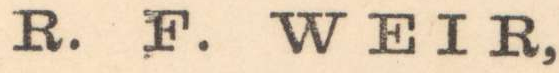
R. F. WEIR,